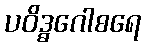
ပဝိဒ္ဓဂေါစရေ